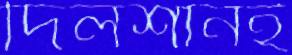
দিলশানই